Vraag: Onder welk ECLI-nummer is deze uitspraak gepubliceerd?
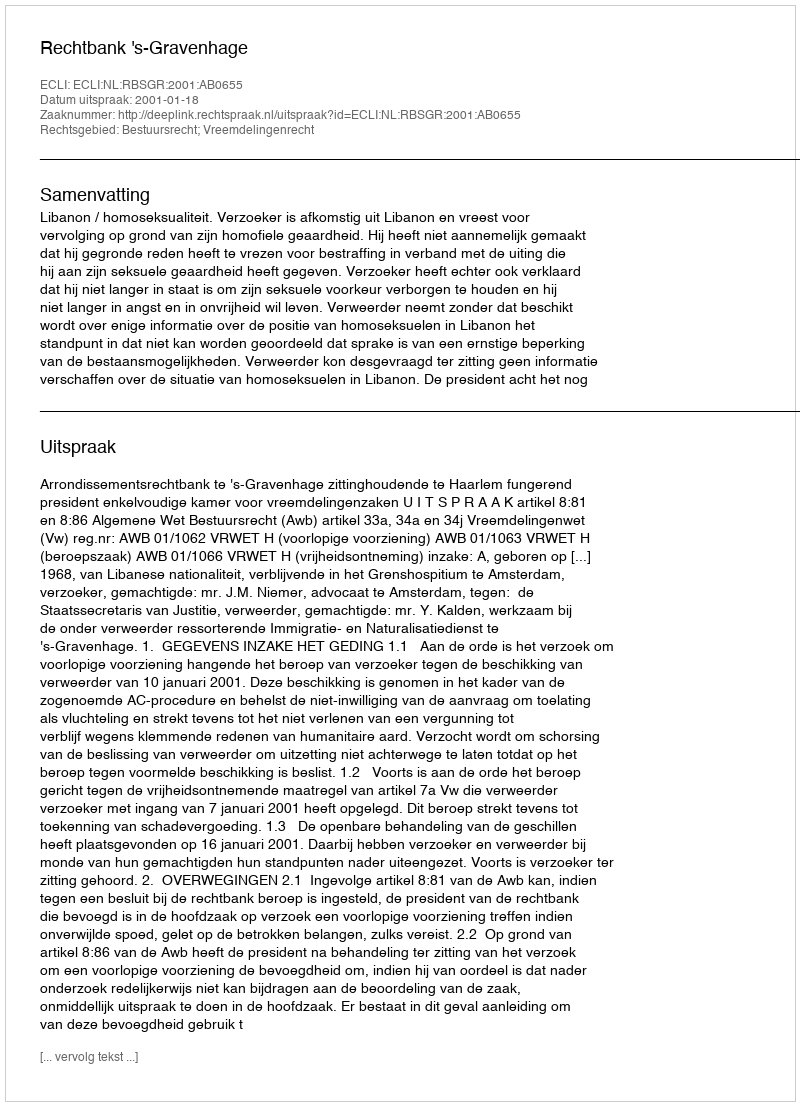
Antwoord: ECLI:NL:RBSGR:2001:AB0655